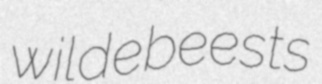
wildebeests